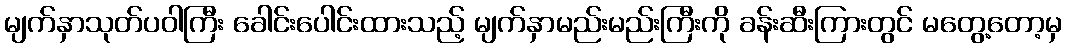
မျက်နှာသုတ်ပဝါကြီး ခေါင်းပေါင်းထားသည့် မျက်နှာမည်းမည်းကြီးကို ခန်းဆီးကြားတွင် မတွေ့တော့မှ